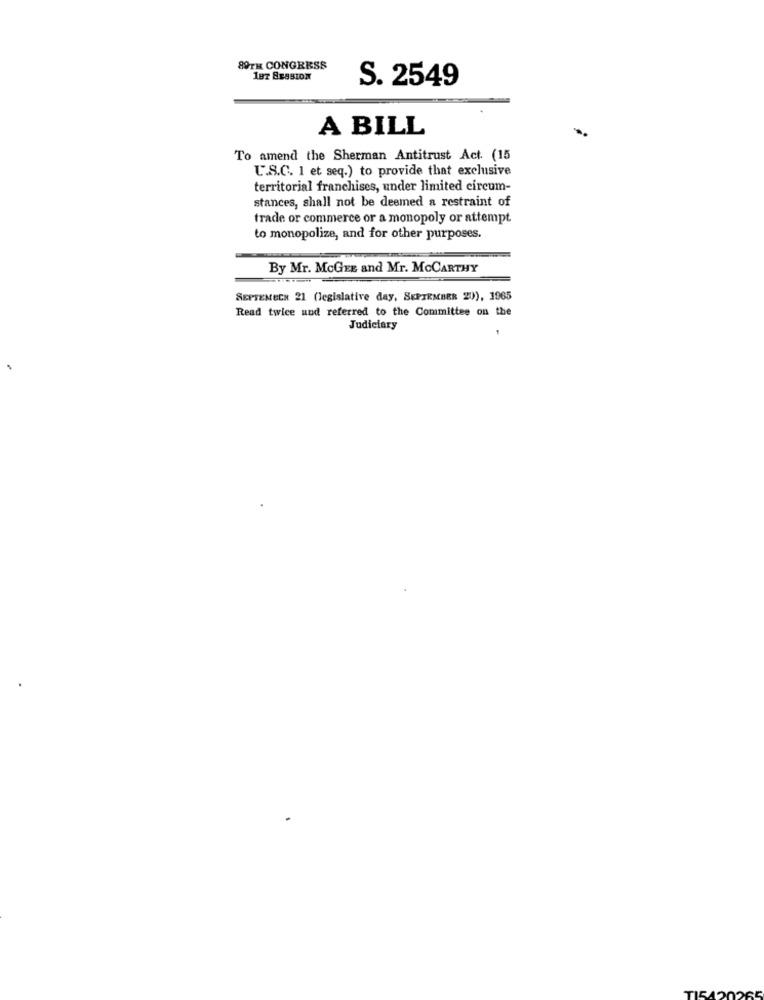
89TH CONGRESS
197 SESSION
S. 2549
A BILL
To amend the Sherman Antitrust Act (15
U.S.C. 1 et seq.) to provide that exclusive
territorial franchises, under limited circum-
stances, shall not be deemed a restraint of
trade or commerce or a monopoly or attempt
to monopolize, and for other purposes.
By Mr. McGEE and Mr. MCCARTHY
SEPTEMECH 21 (legislative day, SEPTEMBER 20), 1965
Read twice und referred to the Committee on the
Judiciary